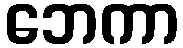
ဘေကာ